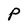
Character: P